Annual report of the Central Committee of the Association together with the report of the directors of the Pasteur Institute at Kasauli
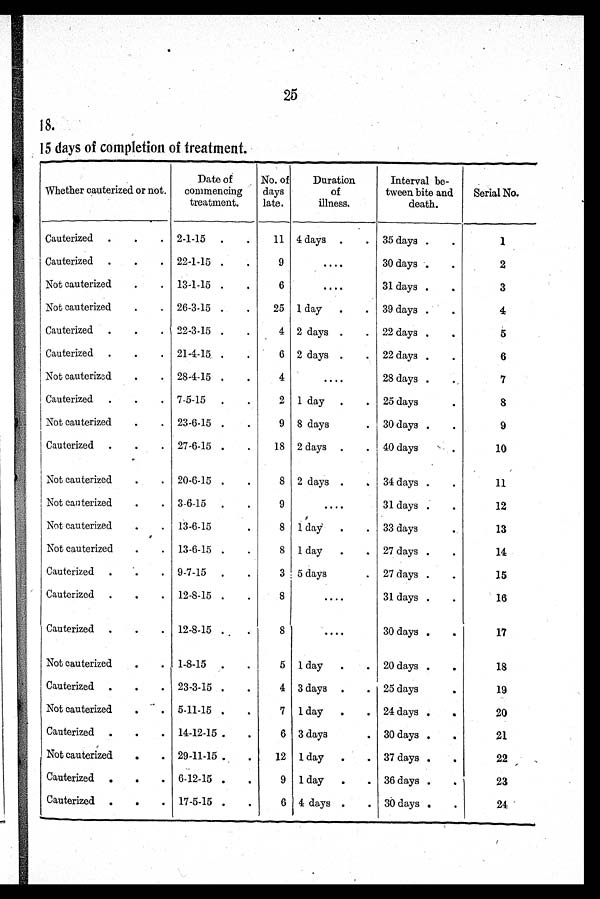
25
18.
15 days of completion of treatment.
Whether cauterized or not.
Date of
commencing
treatment,
No. of
days
late.
Duration
of
illness.
Interval be-
tween bite and
death.
Serial No.
Cauterized . . .
2-1-15 . .
11 4 days . .
35 days . .
1
Cauterized . . .
22-1-15 . .
9
....
30 days . .
2
Not cauterized
. .
13-1-15 . .
6
....
31 days . .
3
Not cauterized
. .
26-3-15 . .
25 1 day
. .
39 days . .
4
Cauterized . . .
22-3-15 . .
4 2 days . .
22 days . .
5
Cauterized . . .
21-4-15 . .
6 2 days . .
22 days . .
6
Not cauterized
. .
28-4-15 . .
4
....
28 days .
7
Cauterized . . .
7-5-15 . .
2 1 day . .
25 days.
8
Not cauterized
. .
23-6-15 . .
9 8 days
. 30 days . .
9
Cauterized . . .
27-6-15 . .
18 2 days . .
40 days.
1 0
Not cauterized
. .
20-6-15 . .
8 2 days . .
34 days . .
11
Not cauterized
. .
3-6-15 . .
9
....
31 days . .
12
Not cauterized
. .
13-6-15.
8 1 day .
.
33 days
13
Not cauterized
. .
13-6-15 . .
8 1 day
. .
27 days . .
14
Cauterized . '. .
9-7-15 . .
3 5 days
. 27 days . .
15
Cauterized . . .
12-8-15 .
8
....
31 days . .
16
Cauterized . . .
12-8-15 ..
8
....
30 days . .
17
Not cauterized
. .
1-8-15 . .
5 1 day
. .
20 days . „
18
Cauterized . . .
23-3-15 . .
4 3 days . .
25 days
.
19
Not cauterized
. .
5-11-15 . .
7 1 day
. .
24 days . .
20
Cauterized . . .
14-12-15 . .
6 3 days
. 30 days 4,
.
21
Not cauterized
.
. 29-11-15 . .
12 1 day . .
37 days . .
22
Cauterized .
.
. 6-12-15 . .
9 1 day
.
. 36 days .
23
Cauterized . . .
17-5-15 . .
6 14 days . .
30 days . .
24